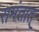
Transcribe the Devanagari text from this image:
समंतात्